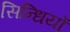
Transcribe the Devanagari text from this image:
सिन्धियों